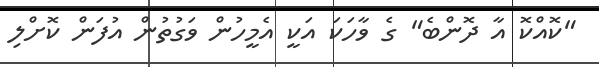
"ކޮއްކޮ އާ ދޮންބެ" ގެ ވާހަކަ އަކީ އެމީހުން ވަގުތުން އުފަން ކޮށްލި